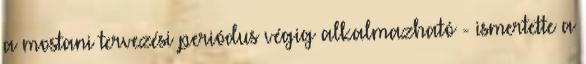
a mostani tervezési periódus végig alkalmazható - ismertette a